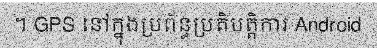
។ GPS នៅក្នុងប្រព័ន្ធប្រតិបត្តិការ Android